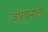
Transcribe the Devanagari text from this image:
जोखमीला